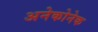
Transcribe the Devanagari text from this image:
अनेकोनेक